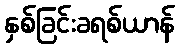
နှစ်ခြင်းခရစ်ယာန်